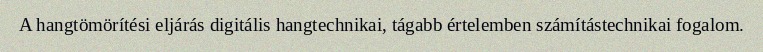
A hangtömörítési eljárás digitális hangtechnikai, tágabb értelemben számítástechnikai fogalom.